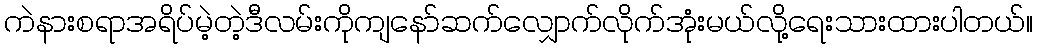
ကဲနားစရာအရိပ်မဲ့တဲ့ဒီလမ်းကိုကျနော်ဆက်လျှောက်လိုက်အုံးမယ်လို့ရေးသားထားပါတယ်။